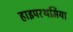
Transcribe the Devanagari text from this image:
हाइपरथर्मिया